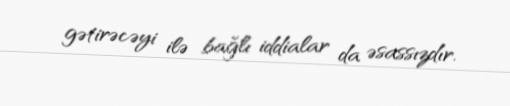
gətirəcəyi ilə bağlı iddialar da əsassızdır.